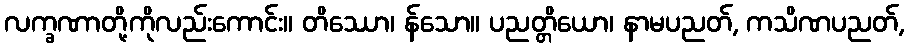
လက္ခဏာတို့ကိုလည်းကောင်း။ တိဿော၊ န်သော။ ပညတ္တိယော၊ နာမပညတ်, ကသိဏပညတ်,